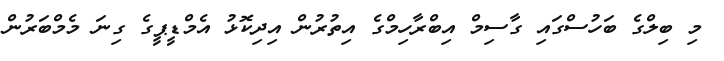
މި ބިލްގެ ބަހުސްގައި ގާސިމް އިބްރާހިމްގެ އިތުރުން އިދިކޮޅު އެމްޑީޕީގެ ގިނަ މެމްބަރުން